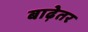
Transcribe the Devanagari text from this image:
बाढ़ेतर